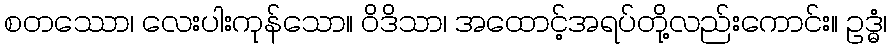
စတဿော၊ လေးပါးကုန်သော။ ဝိဒိသာ၊ အထောင့်အရပ်တို့လည်းကောင်း။ ဥဒ္ဓံ၊